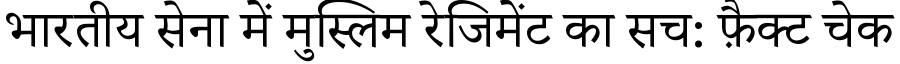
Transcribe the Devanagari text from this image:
भारतीय सेना में मुस्लिम रेजिमेंट का सच: फ़ैक्ट चेक